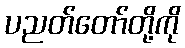
ပညတ်တော်တို့ကို